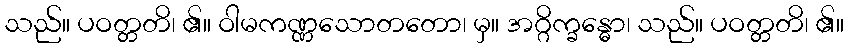
သည်။ ပဝတ္တတိ၊ ၏။ ဝါမကဏ္ဏသောတတော၊ မှ။ အဂ္ဂိက္ခန္ဓော၊ သည်။ ပဝတ္တတိ၊ ၏။